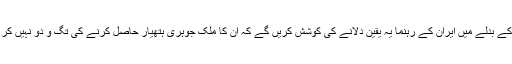
اس کے بدلے میں ایران کے رہنما یہ یقین دلانے کی کوشش کریں گے کہ اُن کا ملک جوہری ہتھیار حاصل کرنے کی تگ و دو نہیں کر رہا۔